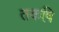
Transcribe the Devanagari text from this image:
तकष़ि